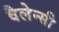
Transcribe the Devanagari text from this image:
वैलेन्सी